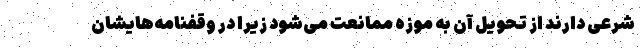
شرعی دارند از تحویل آن به موزه ممانعت می‌شود زیرا در وقفنامه‌هایشان